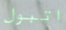
اتبول